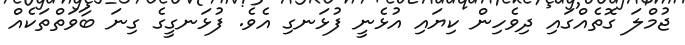
ޖުމްލަ ގޮތެއްގައި ދިވެހިން ކިޔައި އުޅެނީ ފުޅަނގި އެވެ. ފުޅަނގީގެ ގިނަ ބާވަތްތަކެއް